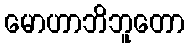
မောဟာဘိဘူတော